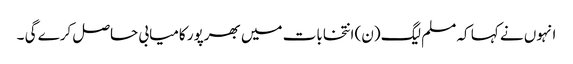
انہوں نے کہا کہ مسلم لیگ (ن) انتخابات میں بھرپور کامیابی حاصل کرے گی ۔